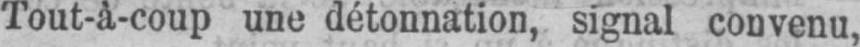
Tout-à-coup une détonnation, signal convenu,